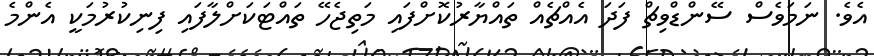
އެވެ. ނަމަވެސް ސޭންޑްވިޗް ފަދަ އެއްޗެއް ތައްޔާރުކޮށްފައި މަތިޖެހޭ ތައްޓަކަށްލާފައި ފިނިކުރުމަކީ އެންމެ